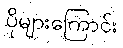
ပိုများကြောင်း